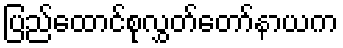
ပြည်ထောင်စုလွှတ်တော်နာယက